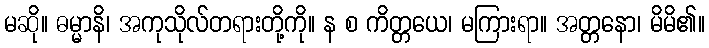
မဆို။ ဓမ္မာနိ၊ အကုသိုလ်တရားတို့ကို။ န စ ကိတ္တယေ၊ မကြားရာ။ အတ္တနော၊ မိမိ၏။